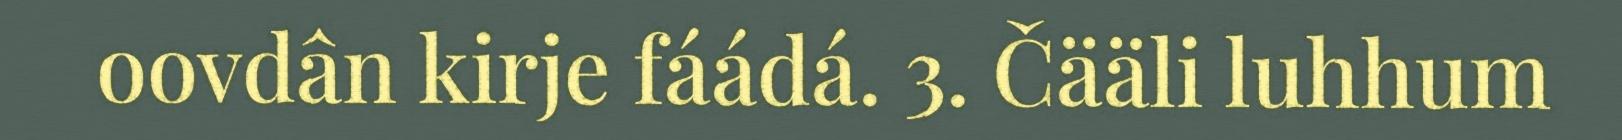
oovdân kirje fáádá. 3. Čääli luhhum